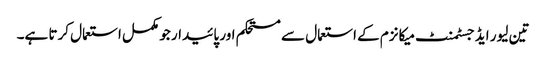
تین لیور ایڈجسٹمنٹ میکانزم کے استعمال سے مستحکم اور پائیدار جو مکمل استعمال کرتا ہے۔